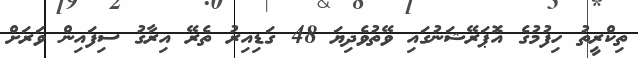
ތިކްރީތު ހިފުމުގެ އޮޕަރޭޝަނުގައި ވޭތުވެދިޔަ 48 ގަޑިއިރު ތެރޭ އިރާގު ސިފައިން ވަރަށް